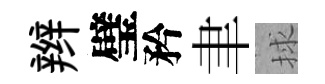
辫璧矜聿捄